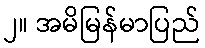
၂။ အမိမြန်မာပြည်